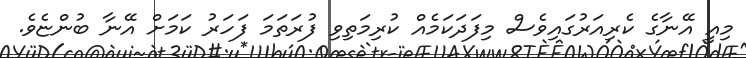
މިއީ އޭނާގެ ކެރިއަރުގައިވެސް މިފަދަކަމެއް ކުރިމަތިވި ފުރަތަމަ ފަހަރު ކަމަށް އޭނާ ބުންޏެވެ.